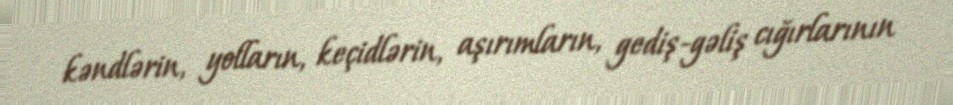
kəndlərin, yolların, keçidlərin, aşırımların, gediş-gəliş cığırlarının